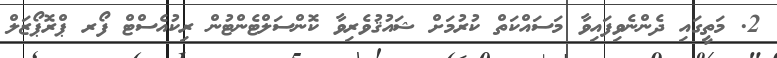
2. މަތީގައި ދެންނެވިފައިވާ މަސައްކަތް ކުރުމަށް ޝައުޤުވެރިވާ ކޮންސަލްޓެންޓުން ރިކުއެސްޓް ފޯރ ޕްރޮޕޯޒަލް